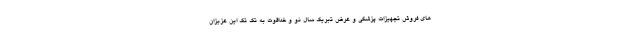
های فروش تجهیزات پزشکی و عرض تبریک سال نو و خداقوت به تک تک این عزیزان